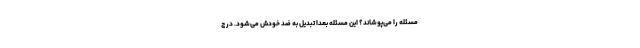
مسئله را می‌پوشاند؟ این مسئله بعداً تبدیل به ضد خودش می‌شود. در ج